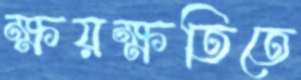
ক্ষয়ক্ষতিতে